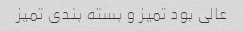
عالی بود تمیز و بسته بندی تمیز